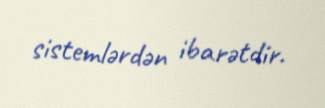
sistemlərdən ibarətdir.